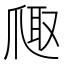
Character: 𪺐